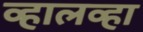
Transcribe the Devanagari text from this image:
व्हालव्हा